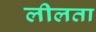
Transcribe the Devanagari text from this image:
लीलता